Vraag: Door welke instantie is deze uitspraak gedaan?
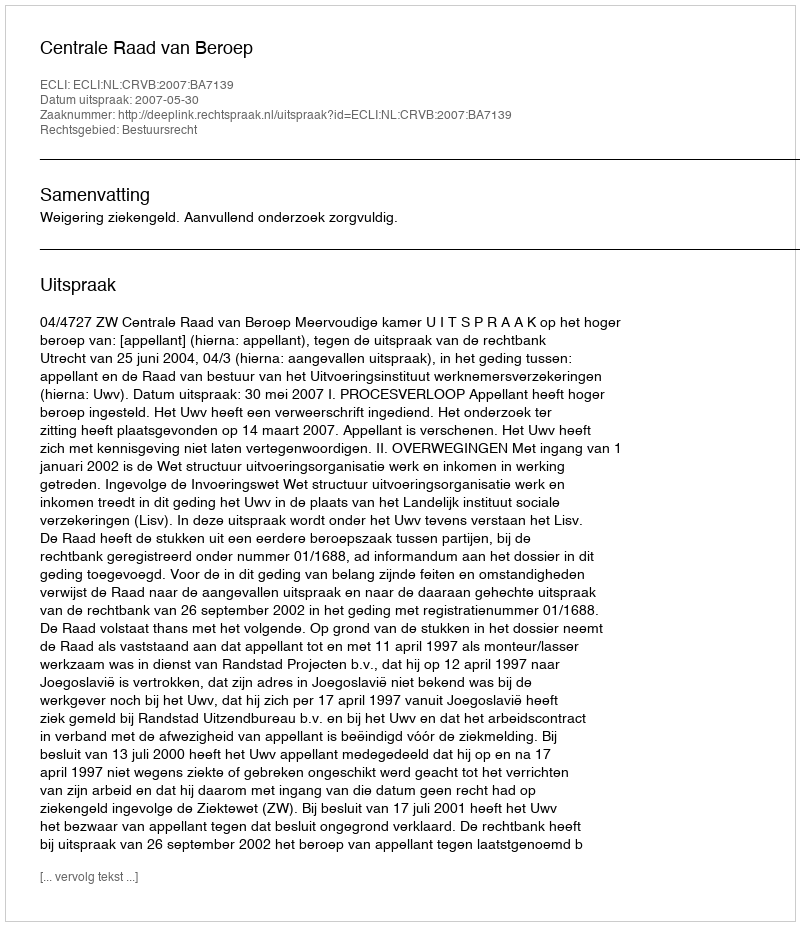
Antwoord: Centrale Raad van Beroep